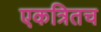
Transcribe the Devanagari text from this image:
एकत्रितच